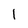
Character: 1